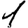
Digit: 1